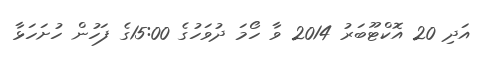
އަދި 20 އޮކްޓޫބަރު 2014 ވާ ހޯމަ ދުވަހުގެ 15:00ގެ ފަހުން ހުށަހަޅާ